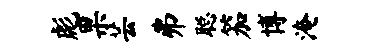
彪果芸弗聪笳博淹